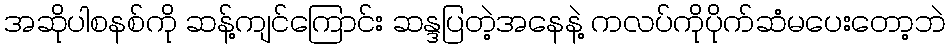
အဆိုပါစနစ်ကို ဆန့်ကျင်ကြောင်း ဆန္ဒပြတဲ့အနေနဲ့ ကလပ်ကိုပိုက်ဆံမပေးတော့ဘဲ